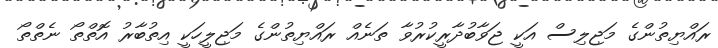
ރައްޔިތުންގެ މަޖިލިސް އަކީ ޖަވާބުދާރީކުރުވާ ތަނެއް ރައްޔިތުންގެ މަޖިލީހަކީ އިތުބާރު އޮތްތޯ ނެތްތޯ